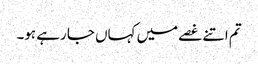
تم اتنے غصے میں کہاں جا رہے ہو۔